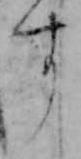
す